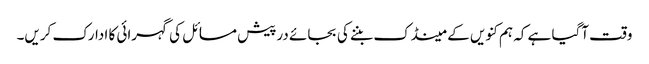
وقت آگیا ہے کہ ہم کنویں کے مینڈک بننے کی بجائے درپیش مسائل کی گہرائی کا ادارک کریں۔